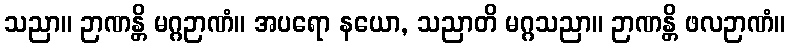
သညာ။ ဉာဏန္တိ မဂ္ဂဉာဏံ။ အပရော နယော, သညာတိ မဂ္ဂသညာ။ ဉာဏန္တိ ဖလဉာဏံ။